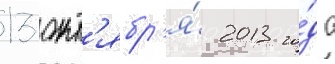
13 окт'ябр'я́ 2013 го́да